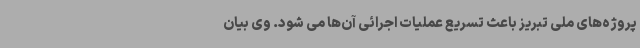
پروژه‌های ملی تبریز باعث تسریع عملیات اجرائی آن‌ها می شود. وی بیان